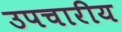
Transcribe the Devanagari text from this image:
उपचारीय